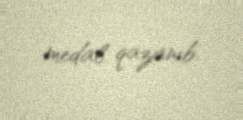
medal qazanıb.